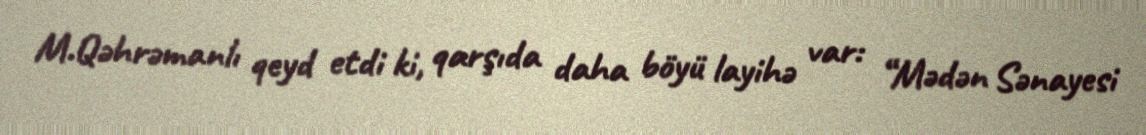
M.Qəhrəmanlı qeyd etdi ki, qarşıda daha böyü layihə var: “Mədən Sənayesi